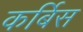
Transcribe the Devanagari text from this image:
कर्बिस